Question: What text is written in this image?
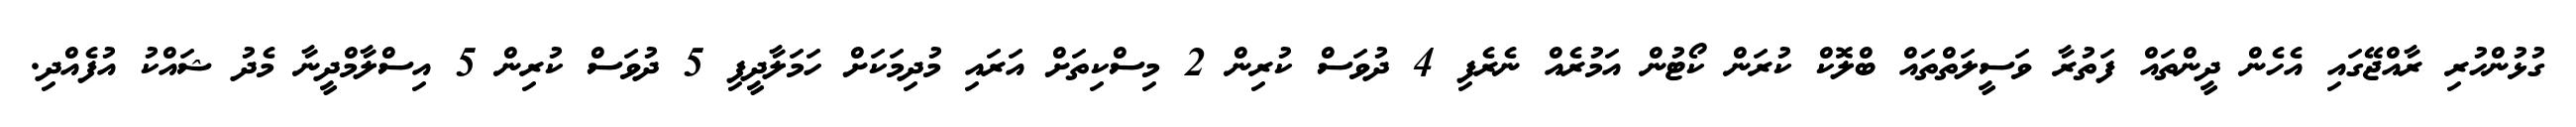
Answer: ގުޅުންހުރި ރާއްޖޭގައި އެހެން ދީންތައް ފަތުރާ ވަސީލަތްތައް ބްލޮކް ކުރަން ކޯޓުން އަމުރެއް ނެރެފި 4 ދުވަސް ކުރިން 2 މިސްކިތަށް އަރައި މުދިމަކަށް ހަމަލާދީފި 5 ދުވަސް ކުރިން 5 އިސްލާމްދީނާ މެދު ޝައްކު އުފެއްދި.